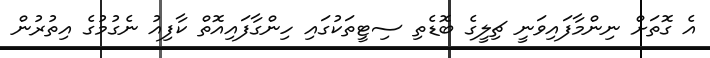
އެ ގޮތަށް ނިންމާފައިވަނީ ޗިލީގެ ބޮޑެތި ސިޓީތަކުގައި ހިންގާފައިއޮތް ކާފިއު ނެގުމުގެ އިތުރުން